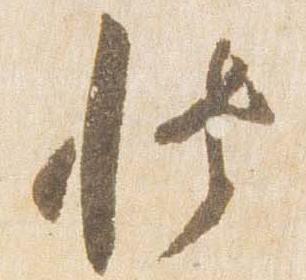
博